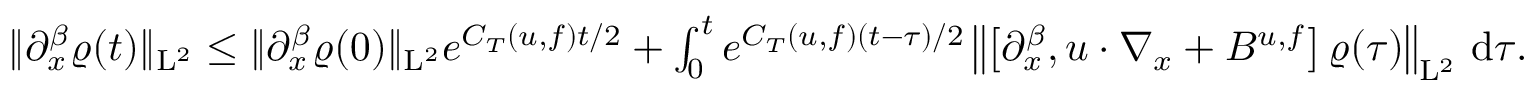
\begin{array} { r } { \Vert \partial _ { x } ^ { \beta } \varrho ( t ) \Vert _ { \mathrm { L } ^ { 2 } } \leq \Vert \partial _ { x } ^ { \beta } \varrho ( 0 ) \Vert _ { \mathrm { L } ^ { 2 } } e ^ { C _ { T } ( u , f ) t / 2 } + \int _ { 0 } ^ { t } e ^ { C _ { T } ( u , f ) ( t - \tau ) / 2 } \left\Vert \left[ \partial _ { x } ^ { \beta } , u \cdot \nabla _ { x } + B ^ { u , f } \right] \varrho ( \tau ) \right\Vert _ { \mathrm { L } ^ { 2 } } \, \mathrm { d } \tau . } \end{array}